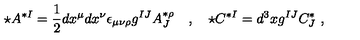
\star A ^ { * I } = \frac 1 2 d x ^ { \mu } d x ^ { \nu } \epsilon _ { \mu \nu \rho } g ^ { I J } A _ { J } ^ { * \rho } \quad , \quad \star C ^ { * I } = d ^ { 3 } x g ^ { I J } C _ { J } ^ { * } \ ,